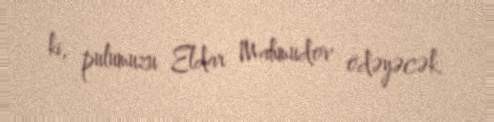
ki, pulumuzu Eldar Mahmudov ödəyəcək.